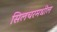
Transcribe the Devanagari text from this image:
सिलचरमधील